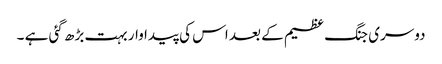
دوسری جنگ عظیم کے بعد اس کی پیدا وار بہت بڑھ گئی ہے ۔